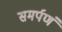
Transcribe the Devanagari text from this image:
समर्पणं